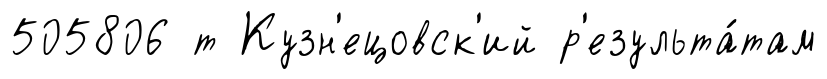
505806 т Кузн'ецовск'ий р'езульта́там